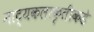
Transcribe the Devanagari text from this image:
नाट्यकलाकृतींकडे